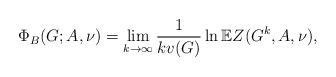
LaTeX: \begin{align*}\Phi_B(G;A,\nu)=\lim_{k\to \infty}\frac{1}{kv(G)}\ln \mathbb{E} Z(G^k,A,\nu),\end{align*}